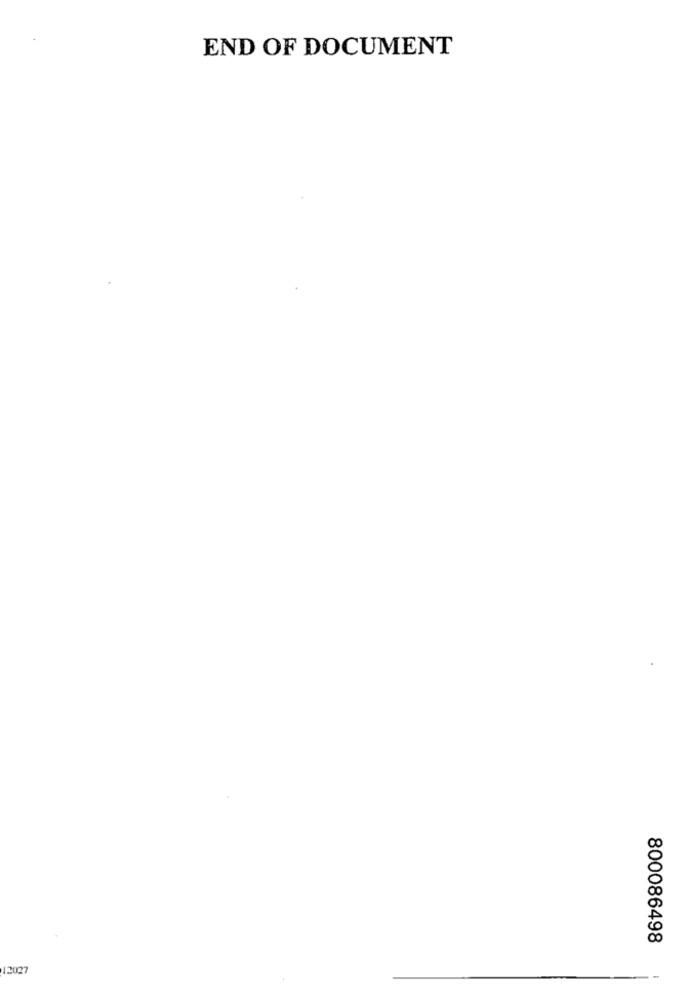
END OF DOCUMENT
800086498
12027